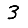
Digit: 3